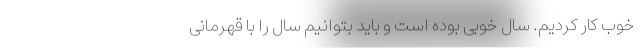
خوب کار کردیم. سال خوبی بوده است و باید بتوانیم سال را با قهرمانی